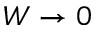
W \rightarrow 0